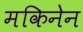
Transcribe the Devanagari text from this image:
मकिनेन